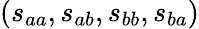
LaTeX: (s_{aa},s_{ab},s_{bb},s_{ba})